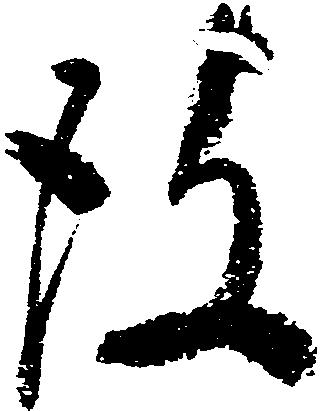
彼